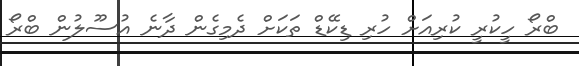
ބްރޯ ހީކުރީ ކުރިއަށް ހުރި ޑިކޭޑް ތަކަށް ދެމިގެން ދާނެ އުސޫލުން ބްރޯ